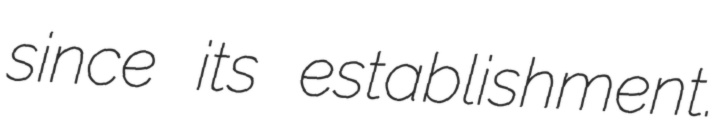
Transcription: since its establishment.